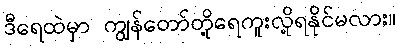
ဒီရေထဲမှာ ကျွန်တော်တို့ရေကူးလို့ရနိုင်မလား။